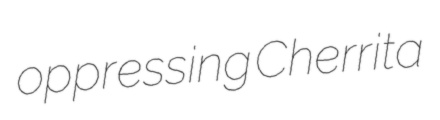
oppressing Cherrita